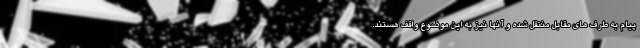
پیام به طرف های مقابل منتقل شده و آنها نیز به این موضوع واقف هستند.